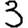
Digit: 3